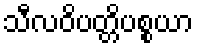
သီလဝိပတ္တိပစ္စယာ